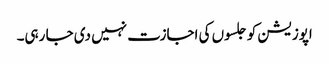
اپوزیشن کو جلسوں کی اجازت نہیں دی جا رہی۔